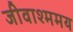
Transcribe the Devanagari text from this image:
जीवाश्ममय